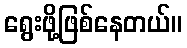
ရွေးဖို့ဖြစ်နေတယ်။